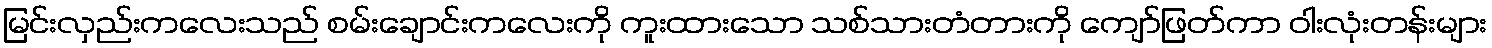
မြင်းလှည်းကလေးသည် စမ်းချောင်းကလေးကို ကူးထားသော သစ်သားတံတားကို ကျော်ဖြတ်ကာ ဝါးလုံးတန်းများ